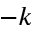
- k